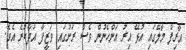
އާރިފް މާލޭގައި އުޅޭ އިރު އަންހެނުން ވެސް ރަށުގައި ވަޒީފާ އަދާކުރެ އެވެ.